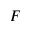
F